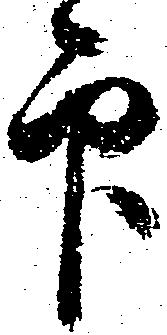
印